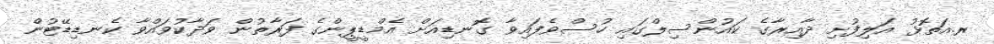
ރ.އަތޮޅު އަލިފުށި ދާއިރާގެ ކައުންސިލްގައި ހުސްވެފައިވާ ގޮނޑިއަށް އެމްޑީޕީންގެ ފަރާތުން ވަދާކުވައްވާ ކެނޑިޑޭޓުން